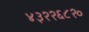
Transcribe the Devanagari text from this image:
४३२२६८२०